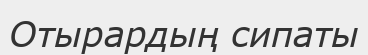
Отырардың сипаты